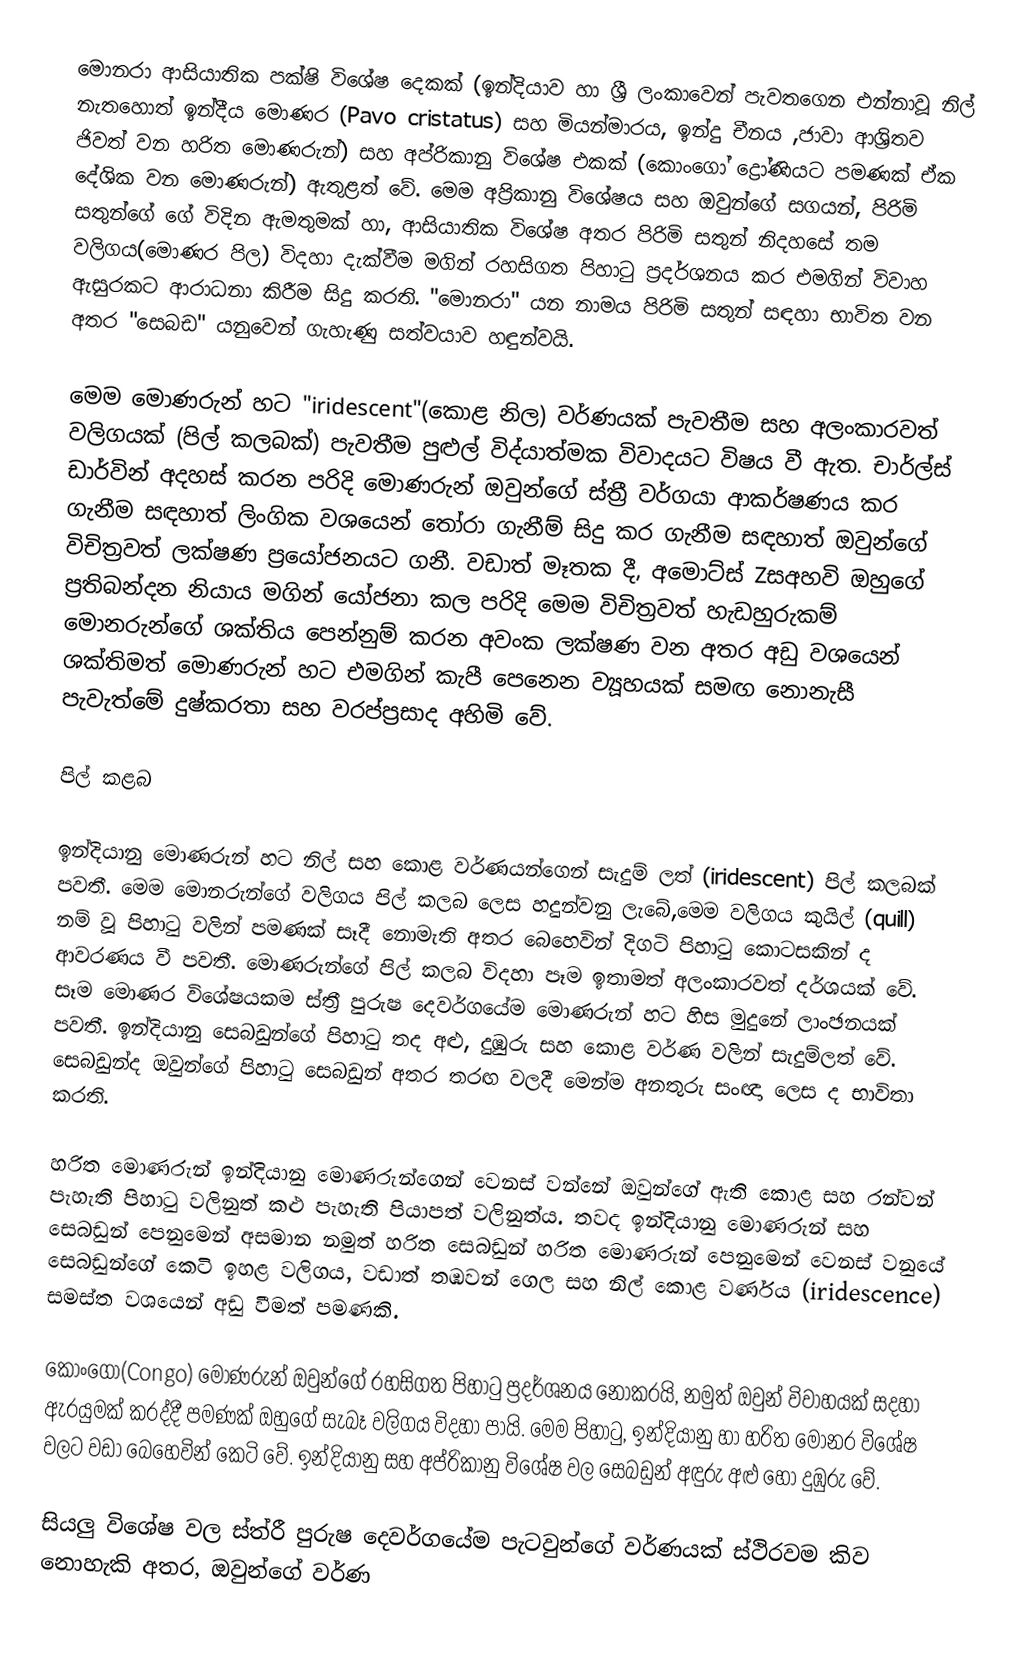
මොනරා ආසියාතික පක්ෂි විශේෂ දෙකක් (ඉන්දියාව හා ශ්‍රී ලංකාවෙන් පැවතගෙන එන්නාවූ නිල් නැතහොත් ඉන්දීය මොණර (Pavo cristatus) සහ මියන්මාරය, ඉන්දු චීනය ,ජාවා ආශ්‍රිතව ජිවත් වන  හරිත මොණරුන්) සහ අප්රිකානු විශේෂ එකක් (කොංගෝ ද්‍රෝණියට පමණක් ඒක දේශික වන මොණරුන්) ඇතුළත් වේ. මෙම අප්‍රිකානු විශේෂය සහ ඔවුන්ගේ සගයන්, පිරිමි සතුන්ගේ ගේ විදින ඇමතුමක් හා, ආසියාතික විශේෂ අතර පිරිමි සතුන් නිදහසේ තම වලිගය(මොණර පිල) විදහා දැක්වීම මගින් රහසිගත පිහාටු ප්‍රදර්ශනය කර එමගින් විවාහ ඇසුරකට ආරාධනා කිරීම සිදු කරති. "මොනරා" යන නාමය පිරිමි සතුන් සඳහා භාවිත වන අතර "සෙබඩ" යනුවෙන් ගැහැණු සත්වයාව හඳුන්වයි.

මෙම මොණරුන් හට "iridescent"(කොළ නිල) වර්ණයක් පැවතීම සහ අලංකාරවත් වලිගයක් (පිල් කලබක්) පැවතීම පුළුල් විද්යාත්මක විවාදයට විෂය වී ඇත. චාර්ල්ස් ඩාර්වින් අදහස් කරන පරිදි  මොණරුන් ඔවුන්ගේ ස්ත්‍රී වර්ගයා ආකර්ෂණය කර ගැනීම සඳහාත් ලිංගික වශයෙන් තෝරා ගැනීම් සිදු කර ගැනීම සඳහාත් ඔවුන්ගේ විචිත්‍රවත් ලක්ෂණ ප්‍රයෝජනයට ගනී. වඩාත් මෑතක දී, අමොට්ස් Zසඅහවි ඔහුගේ ප්‍රතිබන්දන නියාය මගින් යෝජනා කල පරිදි මෙම විචිත්‍රවත් හැඩහුරුකම් මොනරුන්ගේ ශක්තිය පෙන්නුම් කරන අවංක ලක්ෂණ වන අතර අඩු වශයෙන් ශක්තිමත් මොණරුන් හට එමගින් කැපී පෙනෙන ව්‍යූහයක් සමඟ නොනැසී පැවැත්මේ දුෂ්කරතා සහ වරප්ප්‍රසාද අහිමි වේ.

පිල් කළබ

ඉන්දියානු මොණරුන් හට නිල් සහ කොළ වර්ණයන්ගෙන් සැදුම් ලත් (iridescent) පිල් කලබක් පවතී. මෙම මොනරුන්ගේ වලිගය පිල් කලබ ලෙස හදුන්වනු ලැබේ,මෙම වලිගය කුයිල් (quill) නම් වූ පිහාටු වලින් පමණක් සෑදී නොමැති අතර බෙහෙවින් දිගටි පිහාටු  කොටසකින් ද ආවරණය වී පවතී. මොණරුන්ගේ පිල් කලබ විදහා පෑම ඉතාමත් අලංකාරවත් දර්ශයක් වේ. සෑම මොණර විශේෂයකම ස්ත්‍රී පුරුෂ දෙවර්ගයේම මොණරුන් හට හිස මුදුනේ ලාංඡනයක් පවතී. ඉන්දියානු සෙබඩුන්ගේ පිහාටු තද අළු, දුඹුරු සහ කොළ වර්ණ වලින් සැදුම්ලත් වේ. සෙබඩුන්ද ඔවුන්ගේ පිහාටු සෙබඩුන් අතර තරඟ වලදී මෙන්ම අනතුරු සංඥා ලෙස ද භාවිතා කරති. 

හරිත මොණරුන් ඉන්දියානු මොණරුන්ගෙන් වෙනස් වන්නේ ඔවුන්ගේ ඇති කොළ සහ රන්වන් පැහැති පිහාටු වලිනුත් කළු පැහැති පියාපත් වලිනුත්ය. තවද ඉන්දියානු මොණරුන් සහ සෙබඩුන් පෙනුමෙන් අසමාන නමුත් හරිත සෙබඩුන් හරිත මොණරුන් පෙනුමෙන් වෙනස් වනුයේ සෙබඩුන්ගේ කෙටි ඉහළ වලිගය, වඩාත් තඹවන් ගෙල සහ නිල් කොළ වර්ණය (iridescence) සමස්ත වශයෙන් අඩු වීමත් පමණකි.  

කොංගෝ(Congo) මොණරුන් ඔවුන්ගේ රහසිගත පිහාටු ප්‍රදර්ශනය නොකරයි, නමුත් ඔවුන් විවාහයක් සදහා ඇරයුමක් කරද්දී පමණක් ඔහුගේ සැබෑ වලිගය විදහා පායි. මෙම පිහාටු, ඉන්දියානු හා හරිත මොනර විශේෂ වලට වඩා බෙහෙවින් කෙටි වේ. ඉන්දියානු සහ අප්රිකානු විශේෂ වල සෙබඩුන් අඳුරු අළු හෝ දුඹුරු වේ.

සියලු විශේෂ වල ස්ත්රී පුරුෂ දෙවර්ගයේම පැටවුන්ගේ වර්ණයක් ස්ථිරවම කිව නොහැකි අතර, ඔවුන්ගේ වර්ණ